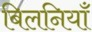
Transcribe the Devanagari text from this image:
बिलनियाँ